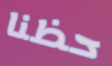
حظنا